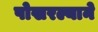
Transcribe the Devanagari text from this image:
पोखरल्याने